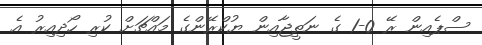
ސްޕެއިން ރޭ 0-1 ގެ ނަތީޖާއިން ޔުކްރޭންގެ މައްޗަށް ކުރި ހޯދިއިރު އެ